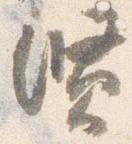
賢